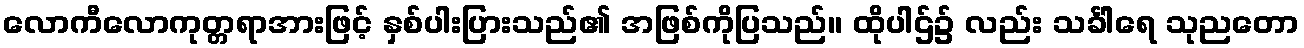
လောကီလောကုတ္တရာအားဖြင့် နှစ်ပါးပြားသည်၏ အဖြစ်ကိုပြသည်။ ထိုပါဌ်၌ လည်း သင်္ခါရေ သုညတော